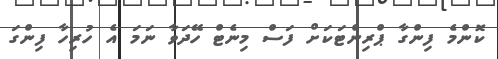
ކޮންމެ ފިންގާ ޕްރިންޓަކަށް ފަސް މިނެޓް ހޭދަވާ ނަމަ އެ ހުރިހާ ފިންގަ